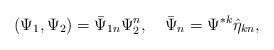
LaTeX: \begin{align*}(\Psi_1,\Psi_2)=\bar{\Psi}_{1n}\Psi_{2}^n,\quad\bar{\Psi}_n=\Psi^{*k}\hat{\eta}_{kn},\end{align*}